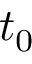
t _ { 0 }